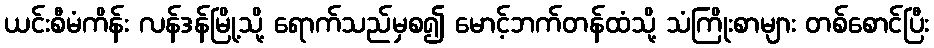
ယင်းစီမံကိန်း လန်ဒန်မြို့သို့ ရောက်သည်မှစ၍ မောင့်ဘက်တန်ထံသို့ သံကြိုးစာများ တစ်စောင်ပြီး